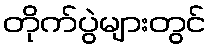
တိုက်ပွဲများတွင်